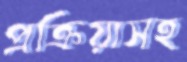
প্রক্রিয়াসহ